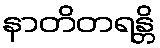
နာတိတရန္တိ